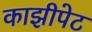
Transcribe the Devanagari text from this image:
काझीपेट